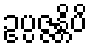
ဥပ္ပဇ္ဇန္တိပိ